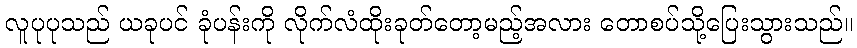
လူပုပုသည် ယခုပင် ခုံပန်းကို လိုက်လံထိုးခုတ်တော့မည့်အလား တောစပ်သို့ပြေးသွားသည်။